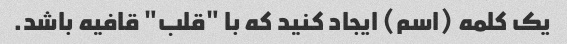
یک کلمه (اسم) ایجاد کنید که با "قلب" قافیه باشد.